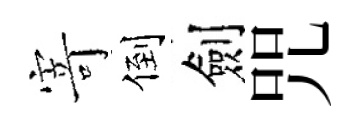
𭔃倒劍咒